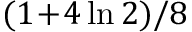
( 1 \! + \! 4 \ln 2 ) / 8